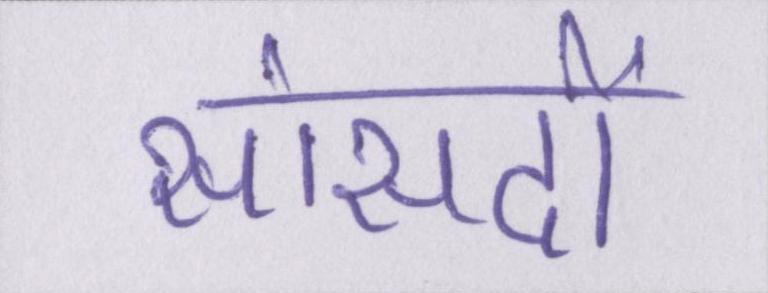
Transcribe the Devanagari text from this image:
सांसदों